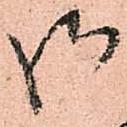
御